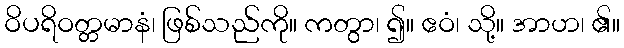
ဝိပရိဝတ္တမာနံ၊ ဖြစ်သည်ကို။ ကတွာ၊ ၍။ ဧဝံ၊ သို့။ အာဟ၊ ၏။